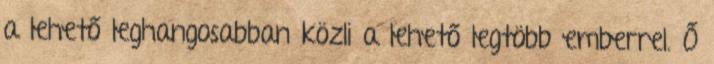
a lehető leghangosabban közli a lehető legtöbb emberrel. Ő